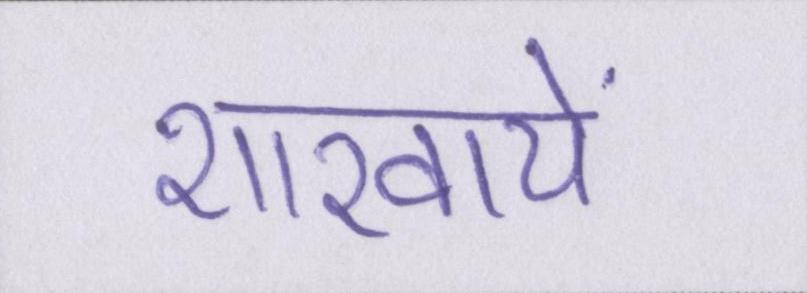
शाखायें